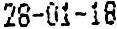
28-01-18